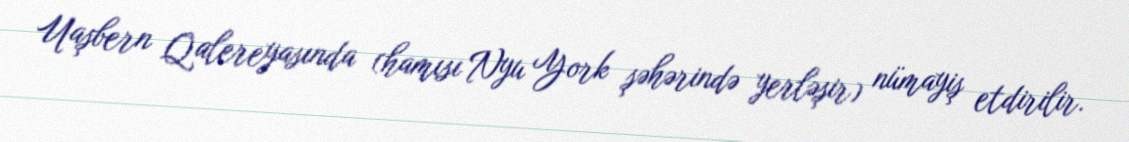
Uaşbern Qalereyasında (hamısı Nyu York şəhərində yerləşir) nümayiş etdirilir.